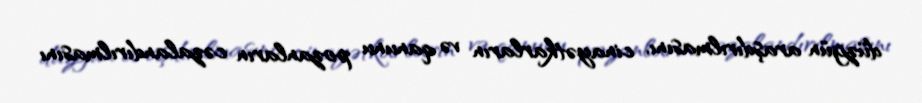
düzgün araşdırılmasını, cinayətkarların və qanunu pozanların cəzalandırılmasını